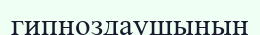
гипноздаушының